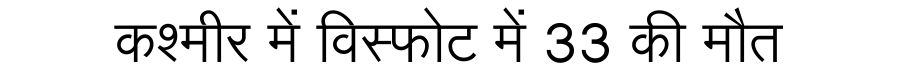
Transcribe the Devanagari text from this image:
कश्मीर में विस्फोट में 33 की मौत